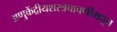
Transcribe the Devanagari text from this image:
अणुकेंद्रीयशस्‍त्रचाचणीमधून